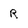
Character: R